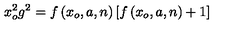
x _ { o } ^ { 2 } g ^ { 2 } = f \left( x _ { o } , a , n \right) \left[ f \left( x _ { o } , a , n \right) + 1 \right]